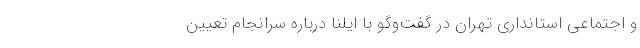
و اجتماعی استانداری تهران در گفت‌وگو با ایلنا درباره سرانجام تعیین